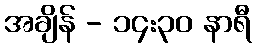
အချိန် - ၁၄:၃၀ နာရီ